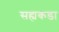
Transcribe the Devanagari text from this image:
सह्यकडा